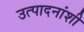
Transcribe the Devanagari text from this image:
उत्पादनांशी